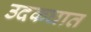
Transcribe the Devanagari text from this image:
उदकघात